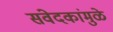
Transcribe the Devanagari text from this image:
संवेदकांमुळे